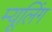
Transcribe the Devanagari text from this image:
म्यूलिंग